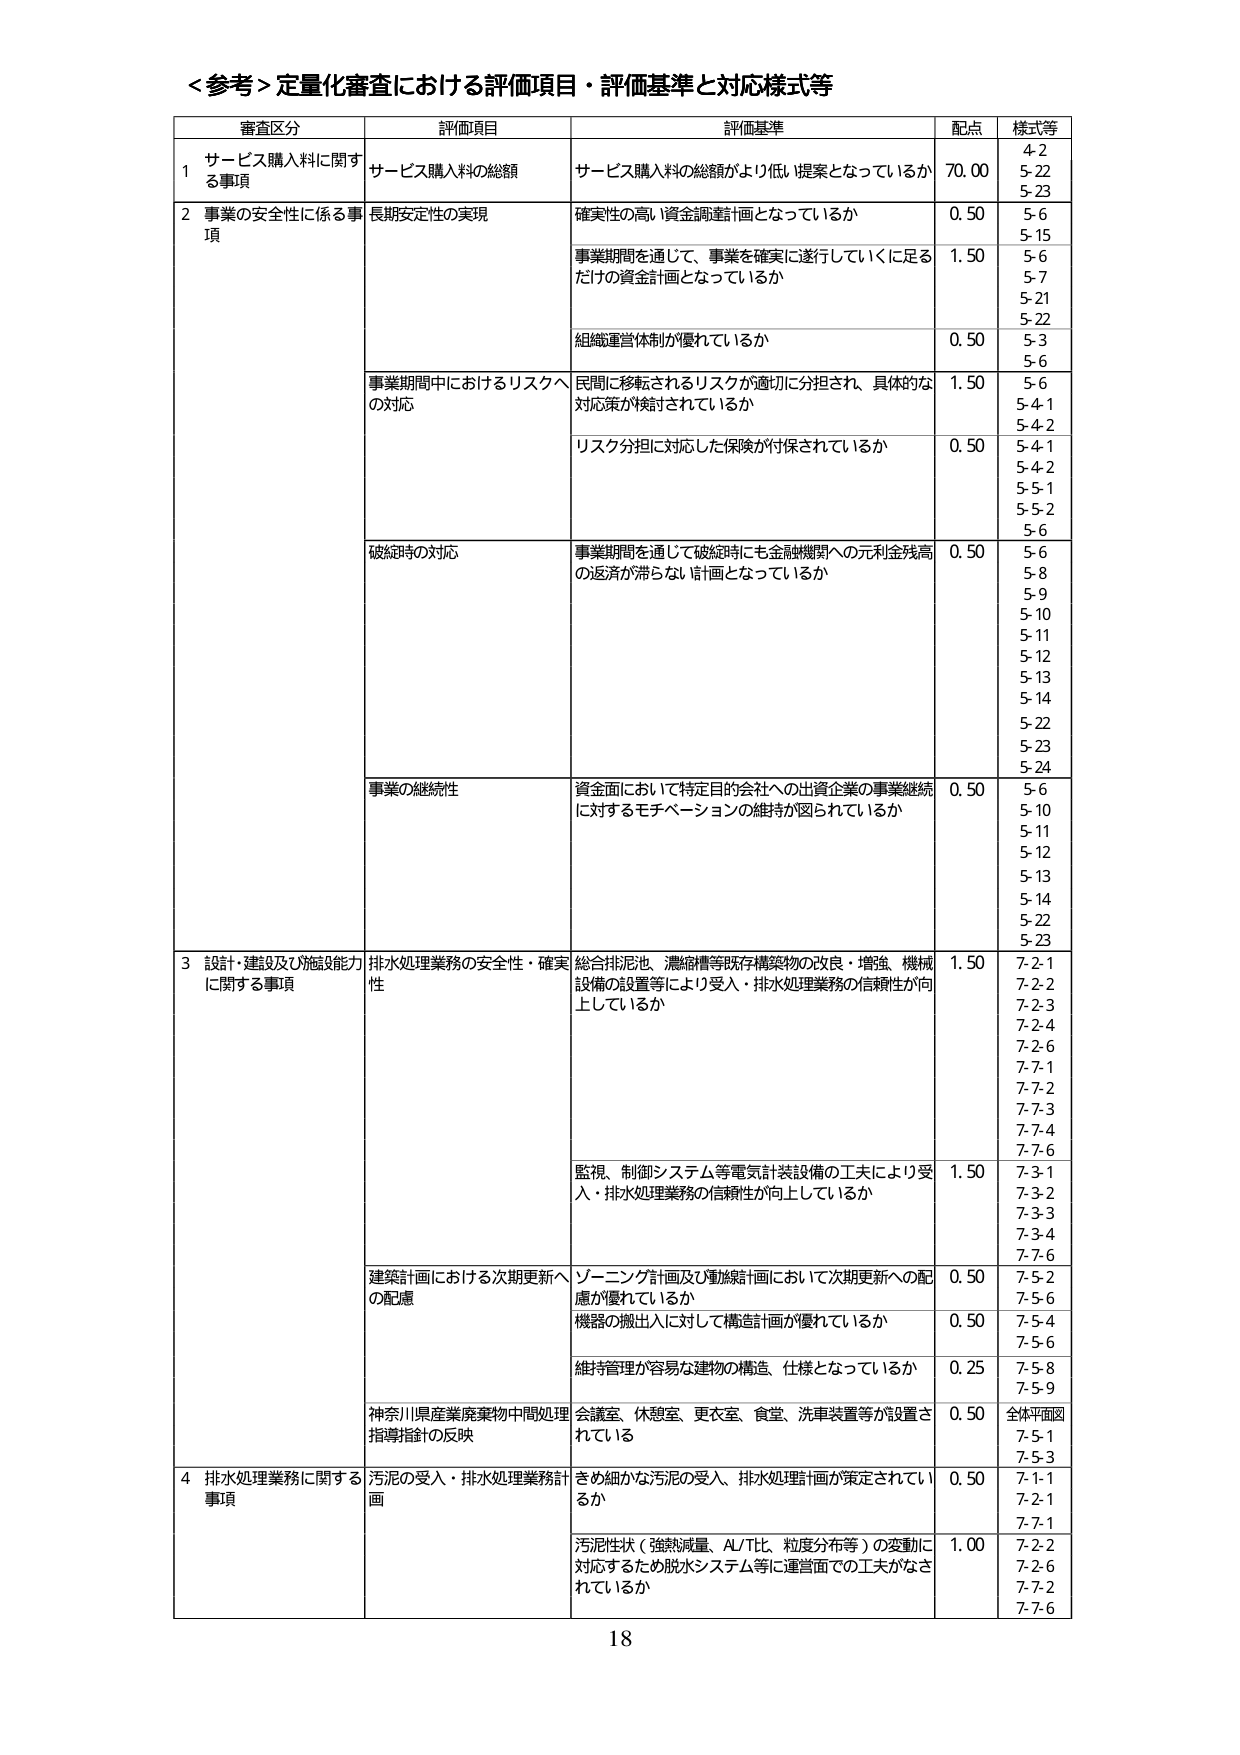
＜参考＞定量化審査における評価項目・評価基準と対応様式等

審査区分	評価項目	評価基準	配点	様式等
1 サービス購入料に関する事項	サービス購入料の総額	サービス購入料の総額がより低い提案となっているか	70.00	4-2
5-22
5-23
2 事業の安全性に係る事項	長期安定性の実現	確実性の高い資金調達計画となっているか	0.50	5-6
5-15
事業期間を通じて、事業を確実に遂行していくに足るだけの資金計画となっているか	1.50	5-6
5-7
5-21
5-22
組織運営体制が優れているか	0.50	5-3
5-6
事業期間中におけるリスクへの対応	民間に移転されるリスクが適切に分担され、具体的な対応策が検討されているか	1.50	5-6
5-4-1
5-4-2
リスク分担に対応した保険が付保されているか	0.50	5-4-1
5-4-2
5-5-1
5-5-2
5-6
破綻時の対応	事業期間を通じて破綻時にも金融機関への元利金残高の返済が滞らない計画となっているか	0.50	5-6
5-8
5-9
5-10
5-11
5-12
5-13
5-14
5-22
5-23
5-24
事業の継続性	資金面において特定目的会社への出資企業の事業継続に対するモチベーションの維持が図られているか	0.50	5-6
5-10
5-11
5-12
5-13
5-14
5-22
5-23
3 設計・建設及び機能能力に関する事項	排水処理業務の安全性・確実性	総合排泥池、濃縮槽等既存構築物の改良・増強、機械設備の設置等により受入・排水処理業務の信頼性が向上しているか	1.50	7-2-1
7-2-2
7-2-3
7-2-4
7-2-6
7-7-1
7-7-2
7-7-3
7-7-4
7-7-6
監視、制御システム等電気計装設備の工夫により受入・排水処理業務の信頼性が向上しているか	1.50	7-3-1
7-3-2
7-3-3
7-3-4
7-7-6
建築計画における次期更新への配慮	ゾーニング計画及び動線計画において次期更新への配慮が優れているか	0.50	7-5-2
7-5-6
機器の搬出入に対して構造計画が優れているか	0.50	7-5-4
7-5-6
維持管理が容易な建物の構造、仕様となっているか	0.25	7-5-8
7-5-9
神奈川県産業廃棄物中間処理指導指針の反映	会議室、休憩室、更衣室、食堂、洗車装置等が設置されている	0.50	全体平面図
7-5-1
7-5-3
4 排水処理業務に関する事項	汚泥の受入・排水処理業務計画	きめ細かな汚泥の受入、排水処理計画が策定されているか	0.50	7-1-1
7-2-1
7-7-1
汚泥性状（強熱減量、AL/T比、粒度分布等）の変動に対応するため脱水システム等に運営面での工夫がなされているか	1.00	7-2-2
7-2-6
7-7-2
7-7-6

18